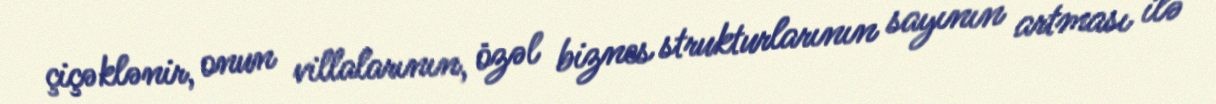
çiçəklənir, onun villalarının, özəl biznes strukturlarının sayının artması ilə